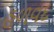
હળવદ